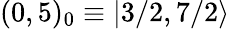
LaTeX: (0,5)_{0}\equiv|3/2,7/2\rangle